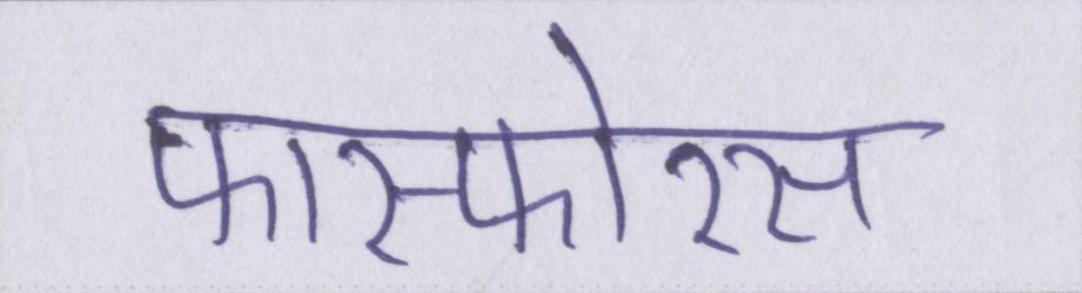
फास्फोरस